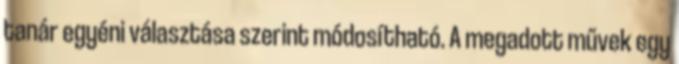
tanár egyéni választása szerint módosítható. A megadott művek egy